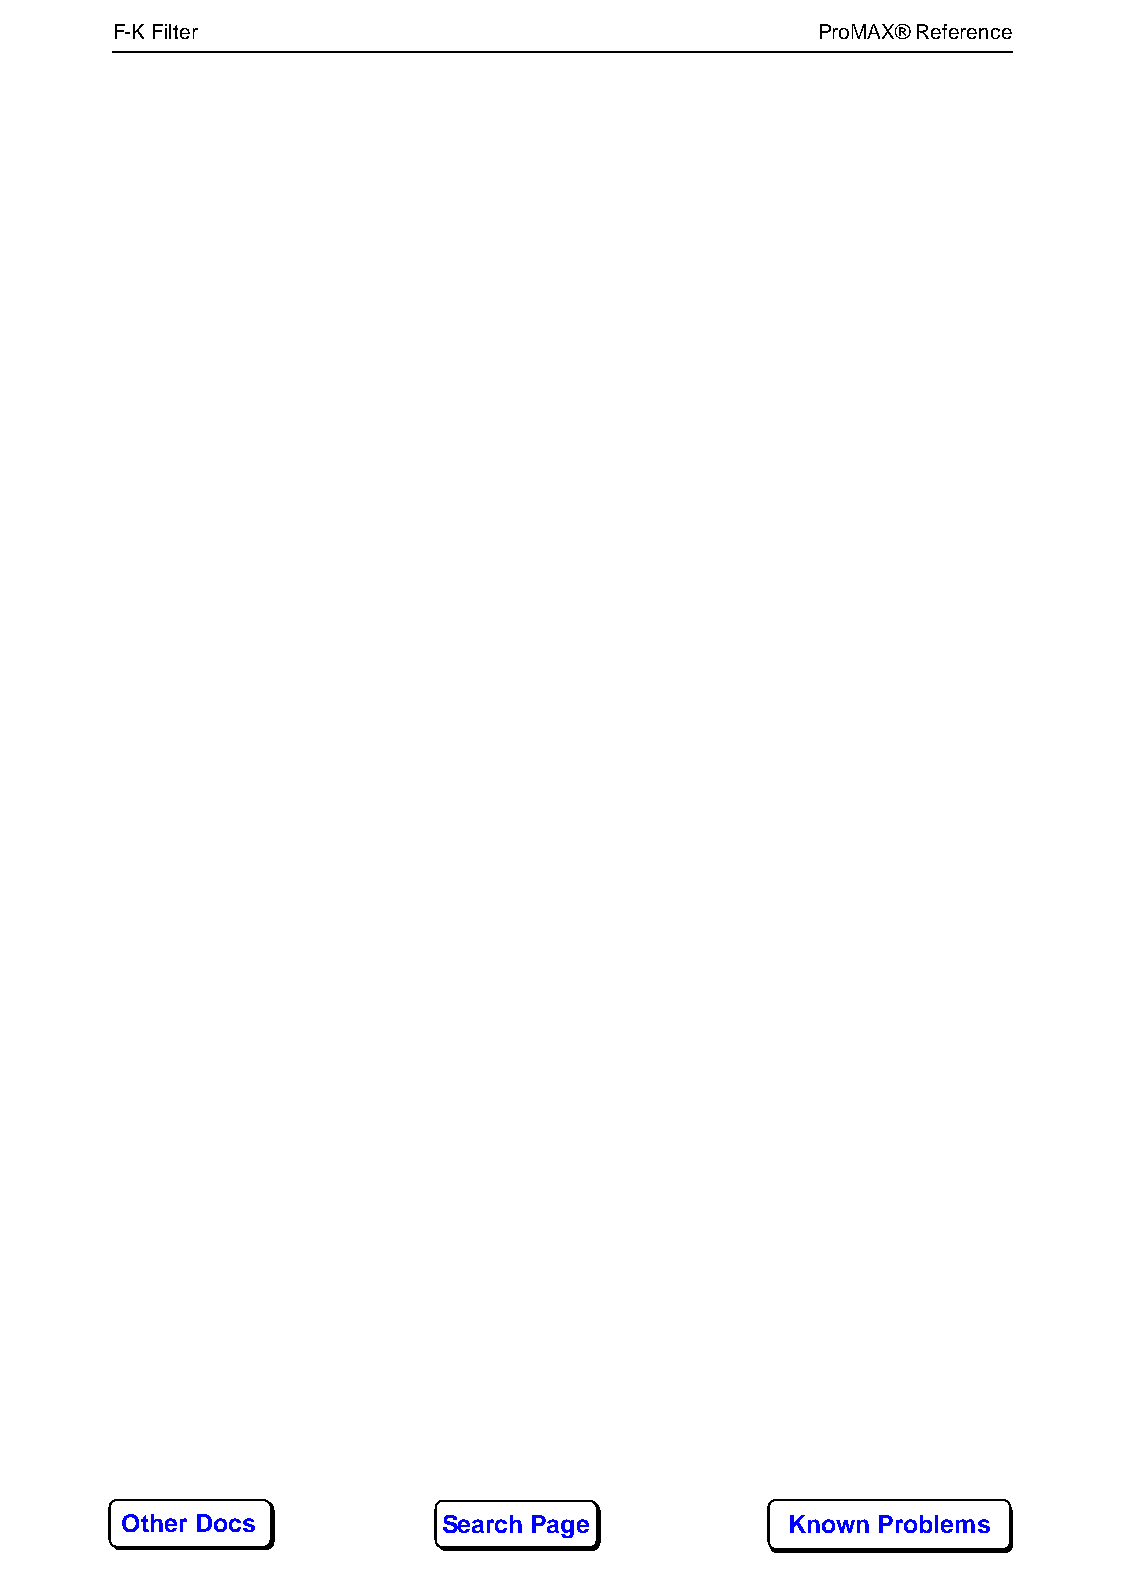
F-K Filter166                                  ProMAX® Reference
 Other Docs           Search Page            Known Problems